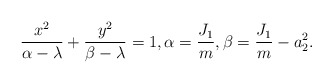
\begin{align*}\frac{x^2}{\alpha-\lambda}+\frac{y^2}{\beta-\lambda}=1,\alpha=\frac{J_1}{m},\beta=\frac{J_1}{m}-a_2^2.\end{align*}